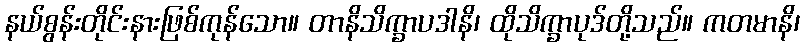
နယ်စွန်းတိုင်းနားဖြစ်ကုန်သော။ တာနိသိက္ခာပဒါနိ၊ ထိုသိက္ခာပုဒ်တို့သည်။ ကတမာနိ၊